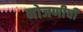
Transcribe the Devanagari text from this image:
मोजणीची